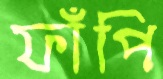
ফাঁপি